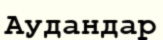
Аудандар